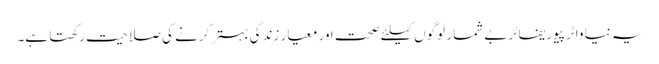
یہ نیا واٹر پیوریفائر بے شمار لوگوں کیلئے صحت اور معیار زندگی بہتر کرنے کی صلاحیت رکھتا ہے۔